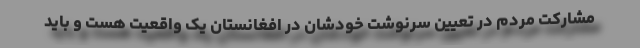
مشارکت مردم در تعیین سرنوشت خودشان در افغانستان یک واقعیت هست و باید